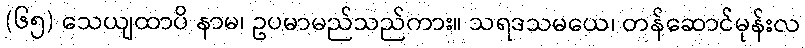
(၆၅) သေယျထာပိ နာမ၊ ဥပမာမည်သည်ကား။ သရဒသမယေ၊ တန်ဆောင်မုန်းလ